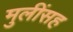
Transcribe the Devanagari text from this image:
मुलींसह